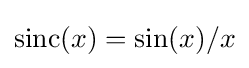
\operatorname {sinc} (x)=\sin(x)/x